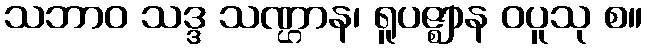
သဘာဝ သဒ္ဒ သဏ္ဌာန၊ ရူပဇ္ဈာန ဝပူသု စ။